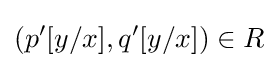
(p'[y/x],q'[y/x])\in R